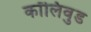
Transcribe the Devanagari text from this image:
कॉलिवुड